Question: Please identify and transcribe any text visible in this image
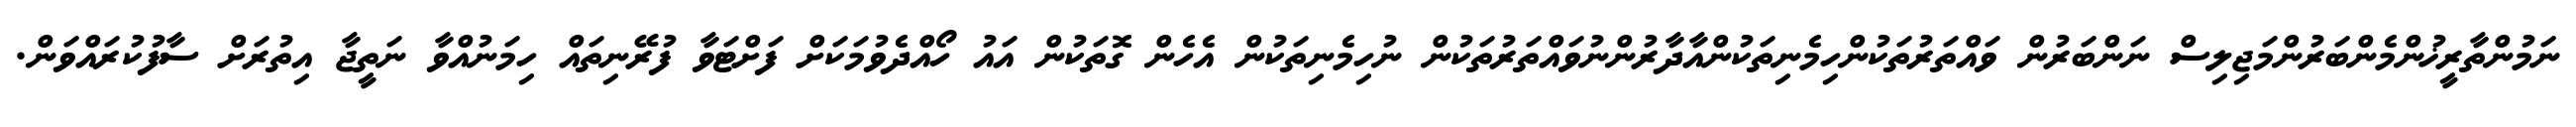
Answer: ނަމުންތާރީޚުންމެންބަރުންމަޖިލިސް ނަންބަރުން ވައްތަރުތަކުންހިމެނިތަކުންއާދާރުންނުވައްތަރުތަކުން ނުހިމެނިތަކުން އެހެން ގޮތަކުން އައު ހޯއްދެވުމަކަށް ފަށްޓަވާ ފުރޭނިތައް ހިމަނުއްވާ ނަތީޖާ އިތުރަށް ސާފުކުރައްވަން.